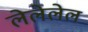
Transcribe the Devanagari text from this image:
लेलेलेल